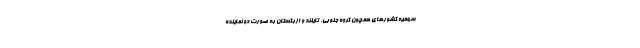
سهمیه کشورهای همچون کروه جنوبی، تایلند و ازبکستان به صورت دو نماینده